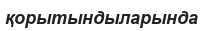
қорытындыларында